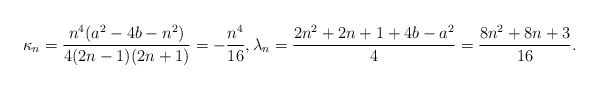
\begin{align*}\kappa_n=\frac{n^4 (a^2 - 4 b - n^2)}{4 (2 n - 1) (2 n + 1)}=-\frac{n^4}{16},\lambda_n=\frac{2 n^2 + 2 n + 1 + 4 b - a^2}{4}=\frac{8 n^2 +8 n + 3}{16}.\end{align*}